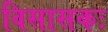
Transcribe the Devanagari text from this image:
विसासकः